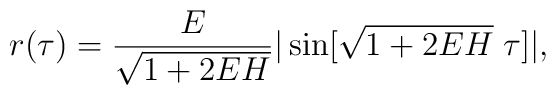
r(\tau)=\frac{E}{\sqrt{1+2EH}}|\sin[\sqrt{1+2EH}\;\tau]|,